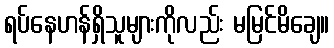
ရပ်နေဟန်ရှိသူများကိုလည်း မမြင်မိချေ။